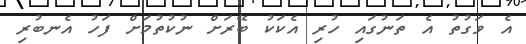
އެ ވަގުތު އެ ތަނުގައި ހުރި އެކަކު ބޭރަށް ނުކުތުމަށް ފަހު އެނބުރި